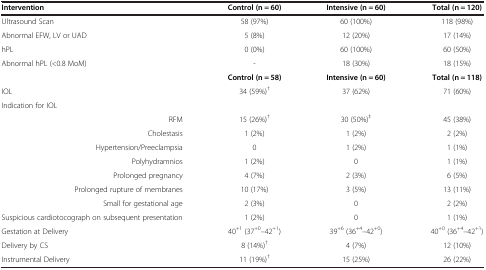
<table><thead><tr><td><b>Intervention</b></td><td><b>Control (n = 60)</b></td><td><b>Intensive (n = 60)</b></td><td><b>Total (n = 120)</b></td></tr></thead><tbody><tr><td>Ultrasound Scan</td><td>58 (97%)</td><td>60 (100%)</td><td>118 (98%)</td></tr><tr><td>Abnormal EFW, LV or UAD</td><td>5 (8%)</td><td>12 (20%)</td><td>17 (14%)</td></tr><tr><td>hPL</td><td>0 (0%)</td><td>60 (100%)</td><td>60 (50%)</td></tr><tr><td>Abnormal hPL (&lt;0.8 MoM)</td><td>-</td><td>18 (30%)</td><td>18 (15%)</td></tr><tr><td> </td><td><b>Control (n = 58)</b></td><td><b>Intensive (n = 60)</b></td><td><b>Total (n = 118)</b></td></tr><tr><td>IOL</td><td>34 (59%)<sup>†</sup></td><td>37 (62%)</td><td>71 (60%)</td></tr><tr><td>Indication for IOL</td><td> </td><td> </td><td> </td></tr><tr><td>RFM</td><td>15 (26%)<sup>†</sup></td><td>30 (50%)<sup>‡</sup></td><td>45 (38%)</td></tr><tr><td>Cholestasis</td><td>1 (2%)</td><td>1 (2%)</td><td>2 (2%)</td></tr><tr><td>Hypertension/Preeclampsia</td><td>0</td><td>1 (2%)</td><td>1 (1%)</td></tr><tr><td>Polyhydramnios</td><td>1 (2%)</td><td>0</td><td>1 (1%)</td></tr><tr><td>Prolonged pregnancy</td><td>4 (7%)</td><td>2 (3%)</td><td>6 (5%)</td></tr><tr><td>Prolonged rupture of membranes</td><td>10 (17%)</td><td>3 (5%)</td><td>13 (11%)</td></tr><tr><td>Small for gestational age</td><td>2 (3%)</td><td>0</td><td>2 (2%)</td></tr><tr><td>Suspicious cardiotocograph on subsequent presentation</td><td>1 (2%)</td><td>0</td><td>1 (1%)</td></tr><tr><td>Gestation at Delivery</td><td>40<sup>+1</sup> (37<sup>+0</sup>–42<sup>+1</sup>)</td><td>39<sup>+6</sup> (36<sup>+4</sup>–42<sup>+0</sup>)</td><td>40<sup>+0</sup> (36<sup>+4</sup>–42<sup>+1</sup>)</td></tr><tr><td>Delivery by CS</td><td>8 (14%)<sup>†</sup></td><td>4 (7%)</td><td>12 (10%)</td></tr><tr><td>Instrumental Delivery</td><td>11 (19%)<sup>†</sup></td><td>15 (25%)</td><td>26 (22%)</td></tr></tbody></table>